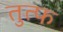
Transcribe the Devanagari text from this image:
तुत्फ